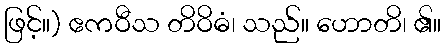
ဖြင့်။) ဧကဝီသ တိဝိဓံ၊ သည်။ ဟောတိ၊ ၏။